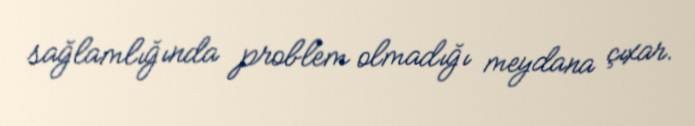
sağlamlığında problem olmadığı meydana çıxar.